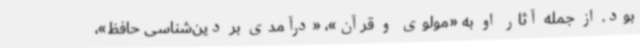
بود. از جمله آثار او به «مولوی و قرآن»، «درآمدی بر دین‌شناسی حافظ»،